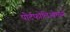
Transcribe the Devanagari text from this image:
पोर्टफोलिओमध्ये